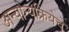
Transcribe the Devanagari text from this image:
अन्योन्यक्रियेचे